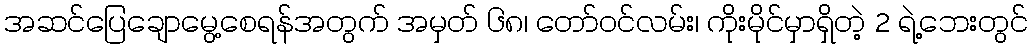
အဆင်ပြေချောမွေ့စေရန်အတွက် အမှတ် ၆၈၊ တော်ဝင်လမ်း၊ ကိုးမိုင်မှာရှိတဲ့ 2 ရဲ့ဘေးတွင်